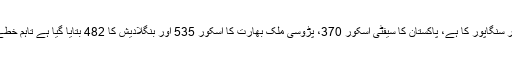
ایشیا اینڈپیسیفک ریجن میں سب سے زیادہ سفیٹی اسکور سنگاپور کا ہے، پاکستان کا سیفٹی اسکور 370، پڑوسی ملک بھارت کا اسکور 535 اور بنگلادیش کا 482 بتایا گیا ہے تاہم خطے کا سب سے کم سیفٹی اسکور افغانستان کا 310 ہے۔